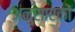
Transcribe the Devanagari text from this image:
अनुसारकों